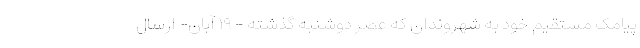
پیامک مستقیم خود به شهروندان که عصر دوشنبه گذشته - ۱۹ آبان- ارسال